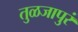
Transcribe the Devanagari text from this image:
तुळजापुरं